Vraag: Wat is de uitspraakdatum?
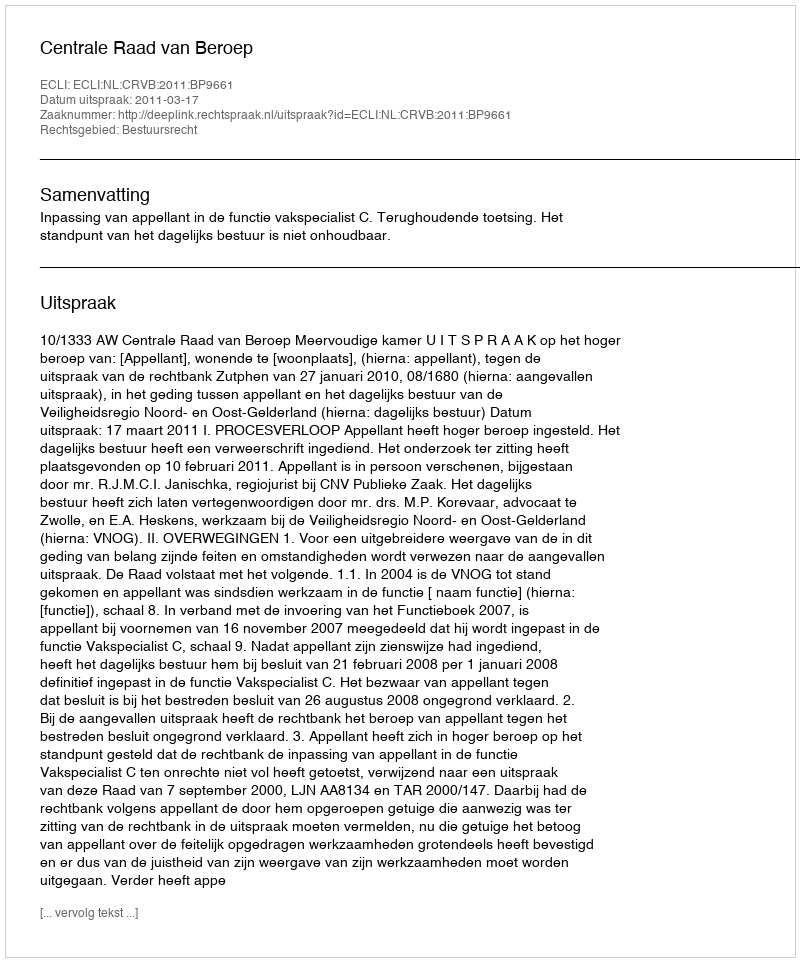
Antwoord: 2011-03-17